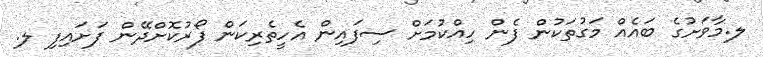
ލ.މާވަށުގެ ބައެއް މަގުތަކުން ފެން ހިއްކުމަށް ސިފައިން އެހީތެރިކަން ފޯރުކޮށްދޭން ފަށައިފި ލ.